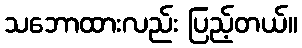
သဘောထားလည်း ပြည့်တယ်။